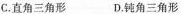
C. 直角三角形 D. 钝角三角形